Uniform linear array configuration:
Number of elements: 12
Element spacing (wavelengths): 1
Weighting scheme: uniform
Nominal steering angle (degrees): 45
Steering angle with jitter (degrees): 46.783
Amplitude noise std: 0.05
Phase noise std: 0.05

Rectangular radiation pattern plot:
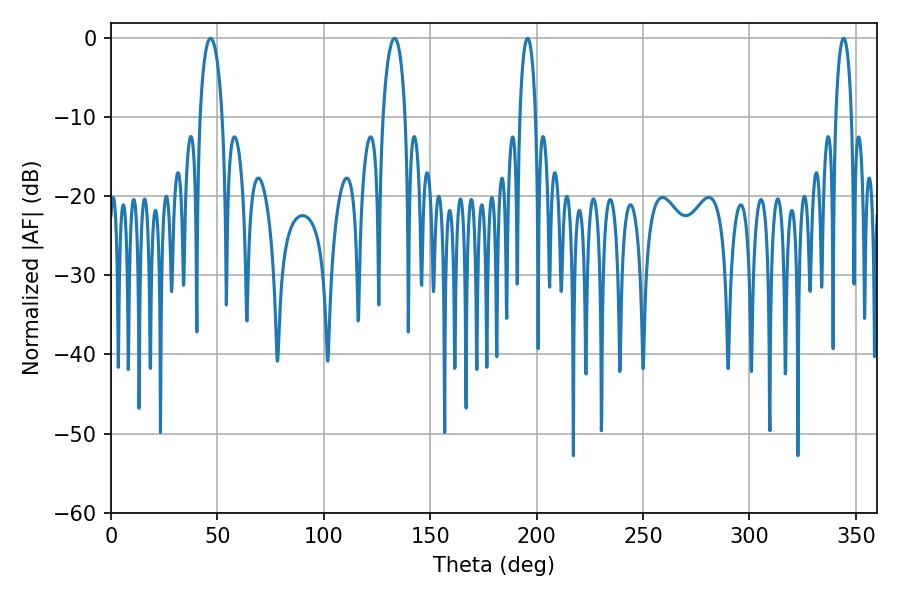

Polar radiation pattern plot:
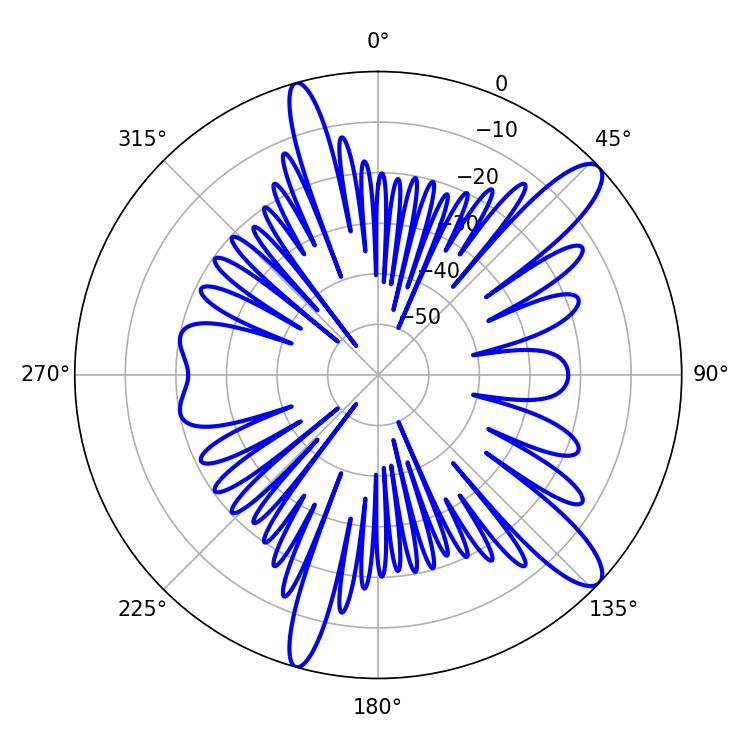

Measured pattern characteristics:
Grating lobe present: TRUE
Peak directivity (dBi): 12.065
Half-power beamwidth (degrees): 5.94
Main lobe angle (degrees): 46.8